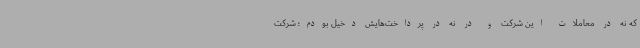
که نه در معاملات این شرکت و در نه در پرداخت‌هایش دخیل بودم؛ شرکت